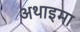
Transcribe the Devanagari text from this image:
अथाइमा